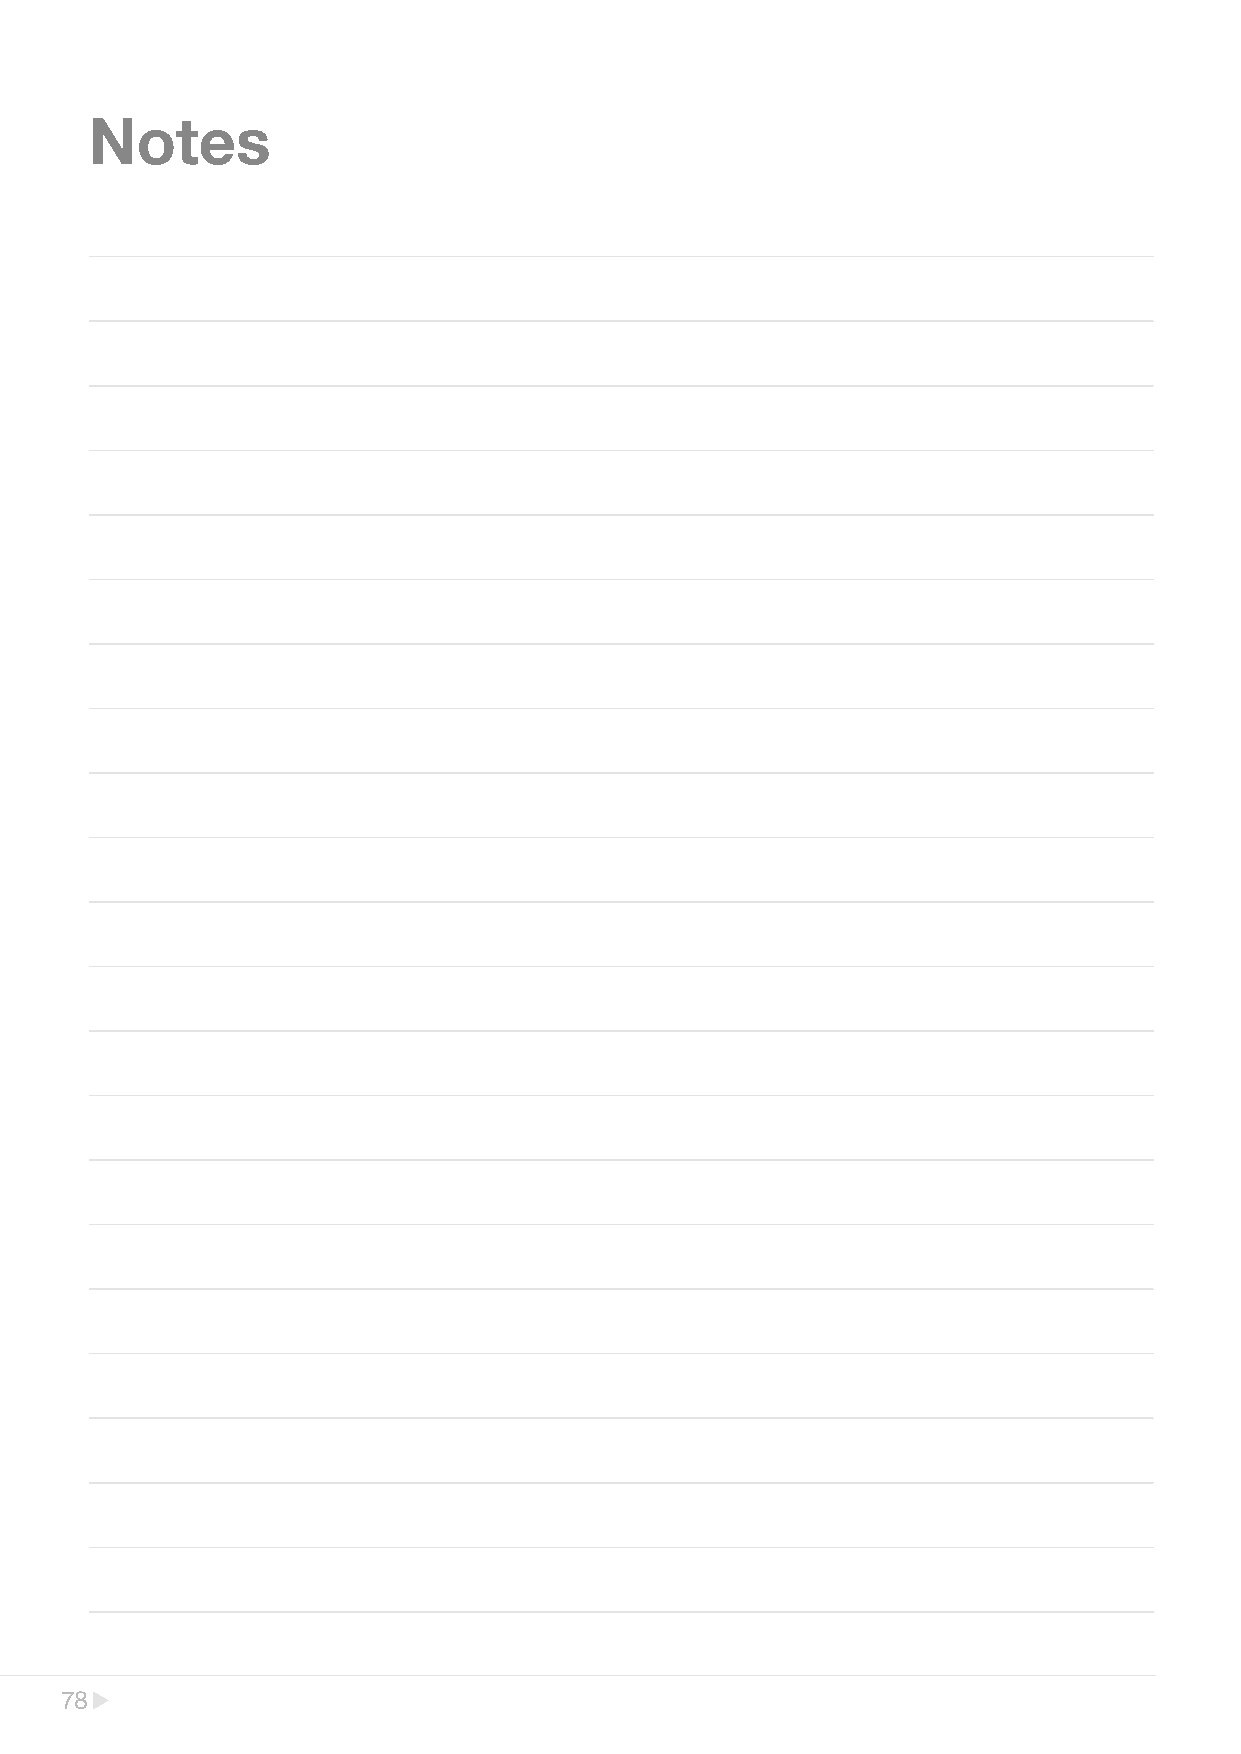
Notes
 78